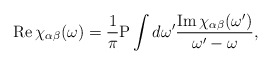
\begin{align*}{\rm Re}\,\chi_{\alpha\beta}(\omega) = {1\over \pi} {\rm P}\int d\omega' {{\rm Im}\,\chi_{\alpha\beta}(\omega')\over \omega'-\omega},\end{align*}